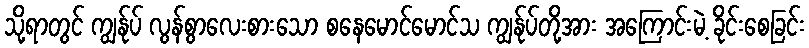
သို့ရာတွင် ကျွန်ုပ် လွန်စွာလေးစားသော စနေမောင်မောင်သ ကျွန်ုပ်တို့အား အကြောင်းမဲ့ ခိုင်းစေခြင်း